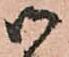
御